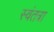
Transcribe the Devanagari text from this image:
स्वंतत्रा